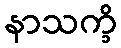
နာသက္ခိ